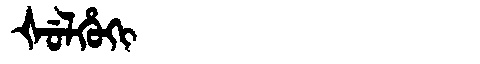
Manchu: ᡧᡠᠯᡥᡠᡴᡳ
Romanization: ŠULHUKI